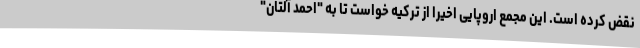
نقض کرده است. این مجمع اروپایی اخیرا از ترکیه خواست تا به "احمد آلتان"